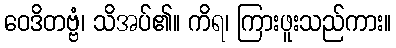
ဝေဒိတဗ္ဗံ၊ သိအပ်၏။ ကိရ၊ ကြားဖူးသည်ကား။